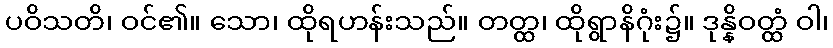
ပဝိသတိ၊ ဝင်၏။ သော၊ ထိုရဟန်းသည်။ တတ္ထ၊ ထိုရွာနိဂုံး၌။ ဒုန္နိဝတ္ထံ ဝါ၊